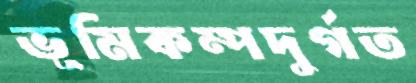
ভূমিকম্পদুর্গত